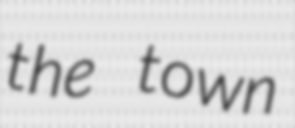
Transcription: the town